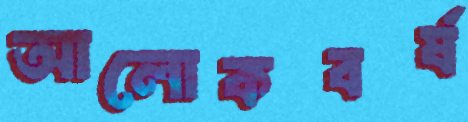
আলোকবর্ষ